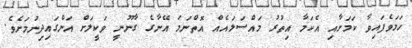
ހަމަވެފައިވާ ކަމަށާއި އެކަމާ އިތުރު މައްސަލައެއް އޮތްނަމަ އޭނާގެ ގާނޫނީ ވަކީލަށް އަންގައިދިނުމަށެވެ.